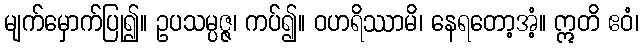
မျက်မှောက်ပြု၍။ ဥပသမ္ပဇ္ဇ၊ ကပ်၍။ ဝဟရိဿာမိ၊ နေရတော့အံ့။ ဣတိ ဧဝံ၊